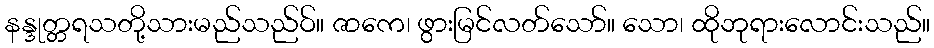
နန္ဒုတ္တရသတို့သားမည်သည်ဝ်။ ဇာကေ၊ ဖွားမြင်လတ်သော်။ သော၊ ထိုဘုရားလောင်းသည်။